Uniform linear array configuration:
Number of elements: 4
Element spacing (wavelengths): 0.25
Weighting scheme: hamming
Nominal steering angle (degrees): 30
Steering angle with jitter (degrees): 31.442
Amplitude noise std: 0.05
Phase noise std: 0.05

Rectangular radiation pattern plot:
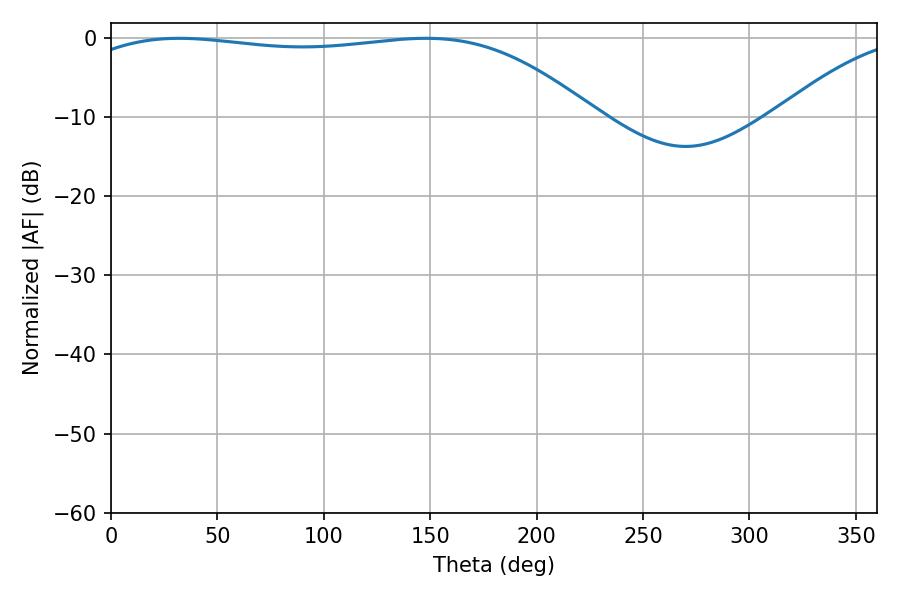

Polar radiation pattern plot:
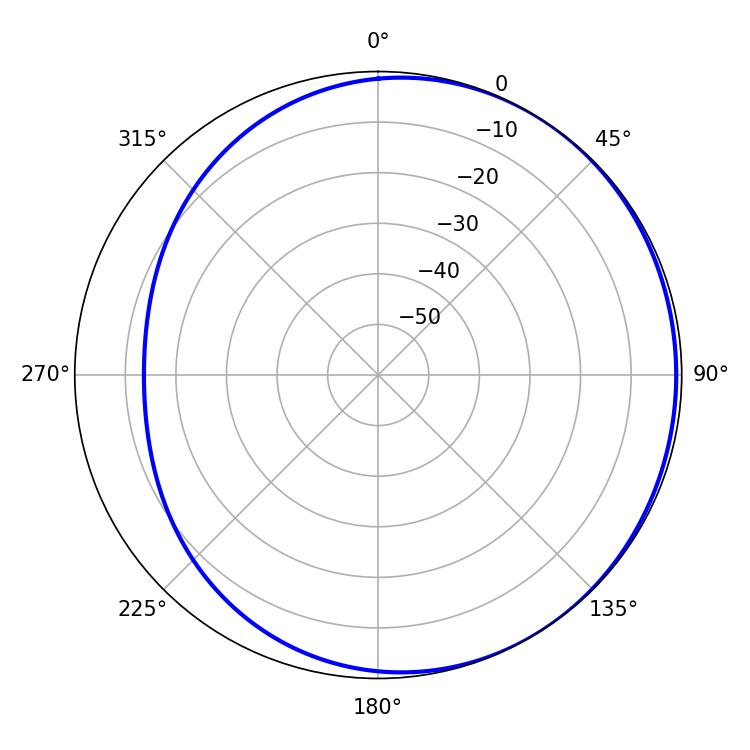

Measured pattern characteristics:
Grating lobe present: FALSE
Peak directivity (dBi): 1.287
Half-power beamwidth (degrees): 193.5
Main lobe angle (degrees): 32.04